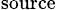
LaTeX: _\mathrm{source}